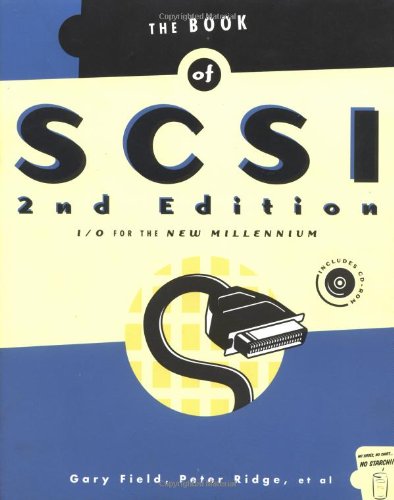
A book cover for Book of SCSI 2/E: I/O for the New Millennium; Gary Field; Computers & Technology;